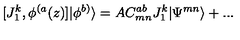
[ J _ { 1 } ^ { k } , \phi ^ { ( a } ( z ) ] | \phi ^ { b ) } \rangle = A C _ { m n } ^ { a b } J _ { 1 } ^ { k } | \Psi ^ { m n } \rangle + . . .